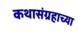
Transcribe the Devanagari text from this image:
कथासंग्रहाच्या